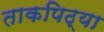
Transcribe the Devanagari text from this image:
ताकपिठ्या